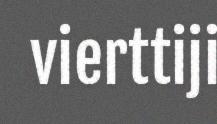
vierttiji